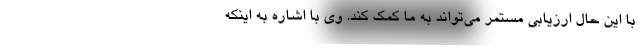
با این حال ارزیابی مستمر می‌تواند به ما کمک کند. وی با اشاره به اینکه